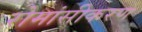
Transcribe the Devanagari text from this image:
रोमांसीकरण